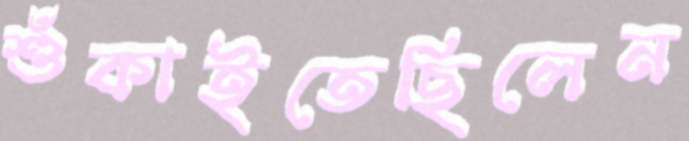
শুঁকাইতেছিলেন